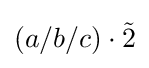
(a/b/c)\cdot {\tilde {2}}